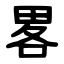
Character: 畧